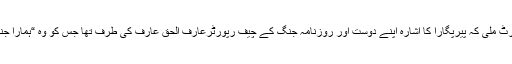
دو چار دن کے بعد رپورٹ ملی کہ پیرپگارا کا اشارہ اپنے دوست اور روزنامہ جنگ کے چیف رپورٹرعارف الحق عارف کی طرف تھا جس کو وہ “ہمارا جنرل عارف “ کہتے تھے۔